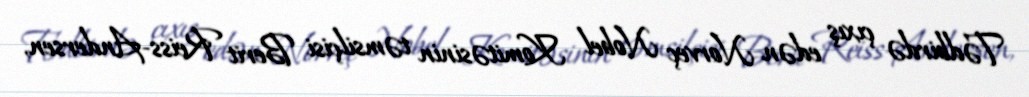
Tədbirdə çıxış edən Norveç Nobel Komitəsinin təmsilçisi Berit Reiss-Andersen,